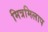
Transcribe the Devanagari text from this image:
मित्रमिलाप